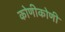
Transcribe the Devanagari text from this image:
कोणीकोणी